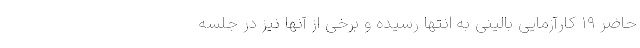
حاضر ۱۹ کارآزمایی بالینی به انتها رسیده و برخی از آنها نیز در جلسه